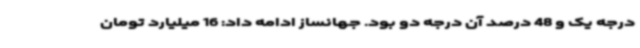
درجه یک و 48 درصد آن درجه دو بود. جهانساز ادامه داد: 16 میلیارد تومان